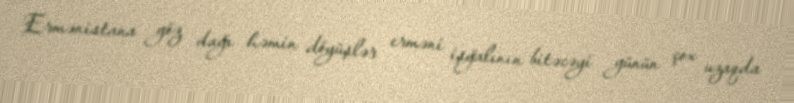
Ermənistana göz dağı həmin döyüşlər erməni işğalının bitəcəyi günün çox uzaqda